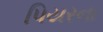
પિયરના